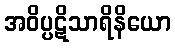
အဝိပ္ပဋိသာရိနိယော